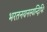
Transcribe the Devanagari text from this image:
भरतनयनस्यन्दिभिः